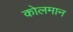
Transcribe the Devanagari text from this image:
कोलमान